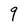
Character: 9